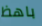
باهظ